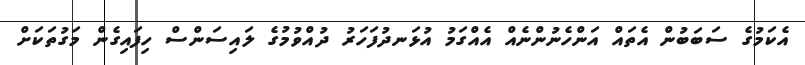
އެކަމުގެ ސަބަބުން އެތައް އަންހެނުންނެއް އެއްގަމު އުޅަނދުފަހަރު ދުއްވުމުގެ ލައިސަންސް ހިފައިގެން މަގުތަކަށް